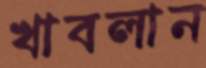
খাবলান